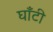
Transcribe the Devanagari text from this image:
घाँटी